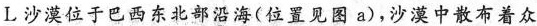
L沙漠位于巴西东北部沿海(位置见图a)，沙漠中散布着众